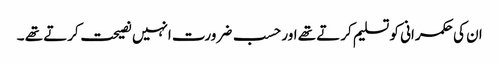
ان کی حکمرانی کو تسلیم کرتے تھے اور حسب ضرورت انہیں نصیحت کرتے تھے ۔